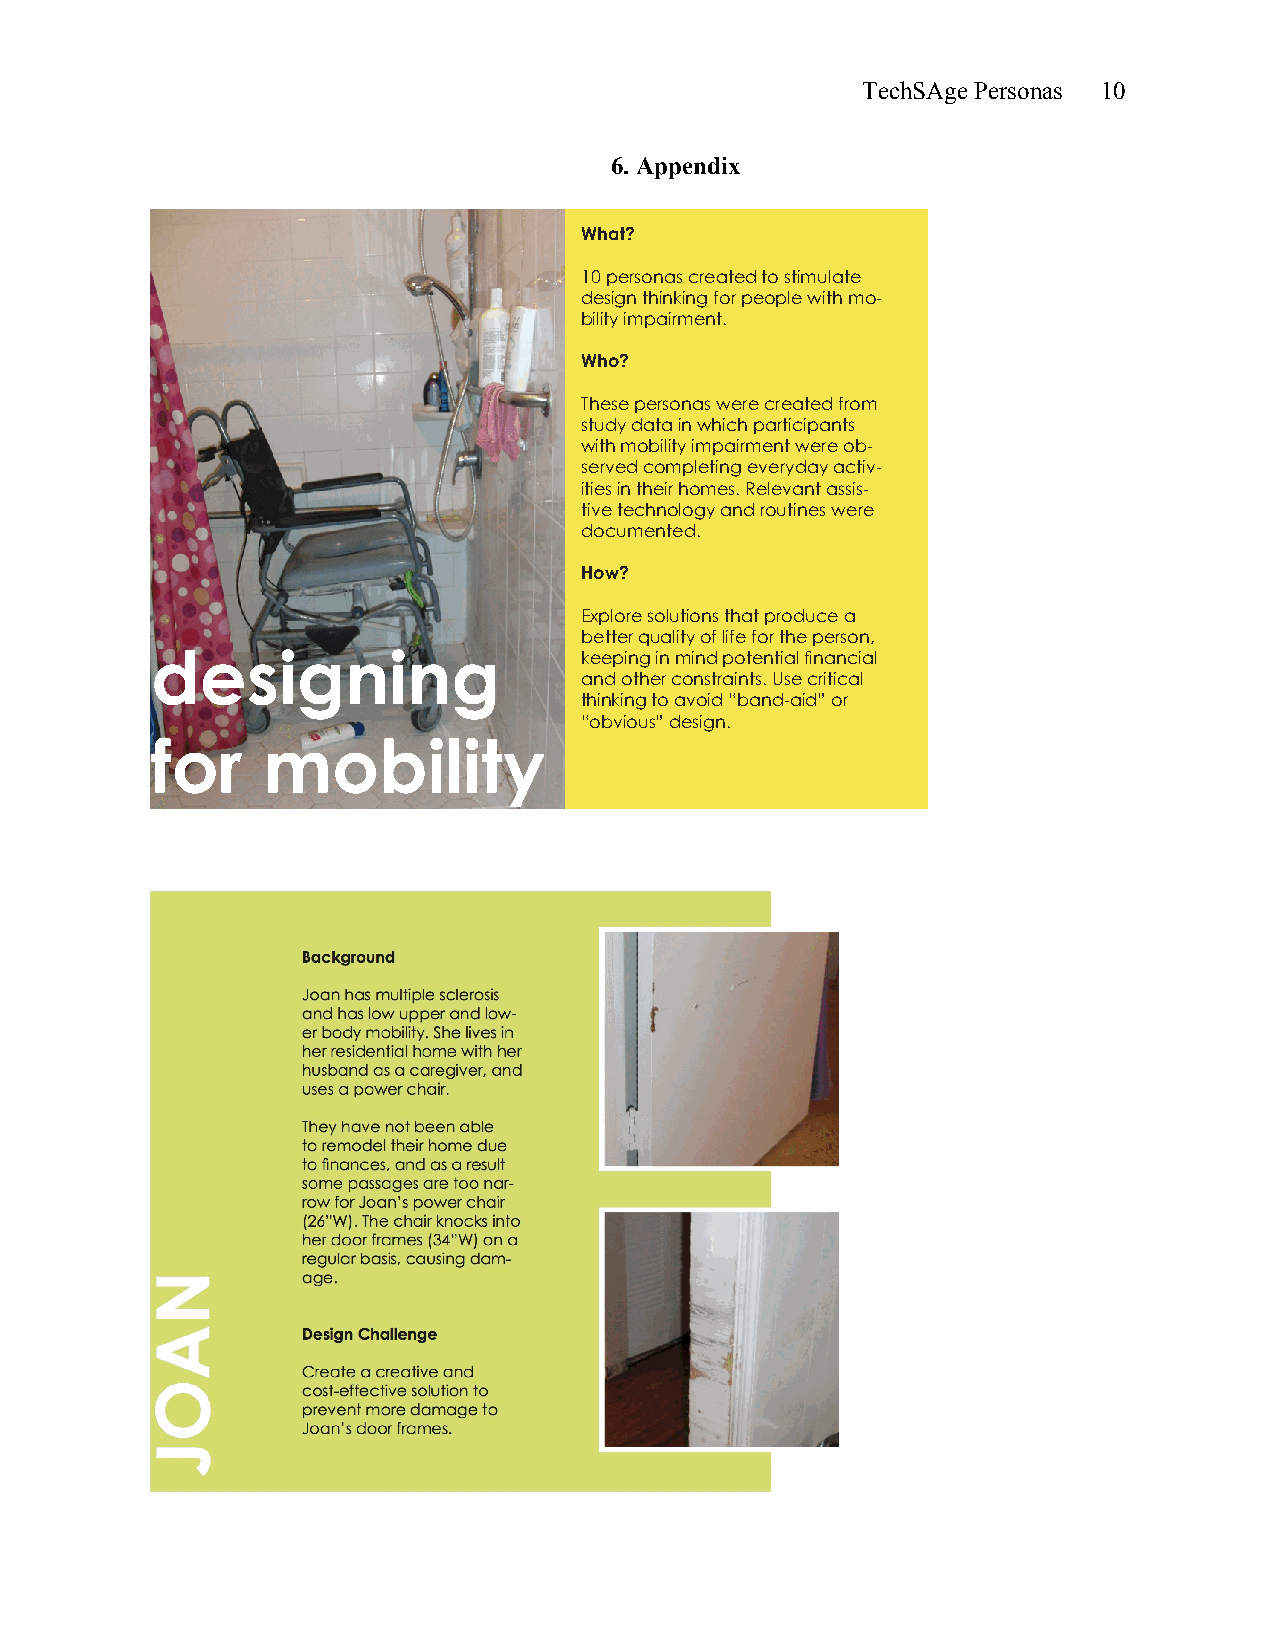
TechSAge Personas 10
 6. Appendix
 What?
 10 personas created to stimulate
 design thinking for people with mo-
 bility impairment.
 Who?
 These personas were created from
 study data in which participants
 with mobility impairment were ob-
 served completing everyday activ-
 ities in their homes. Relevant assis-
 tive technology and routines were
 documented.
 How?
 Explore solutions that produce a
 better quality of life for the person,
 designing                   keeping in mind potential financial
 and other constraints. Use critical
 thinking to avoid “band-aid” or
 “obvious” design.
 for    mobility